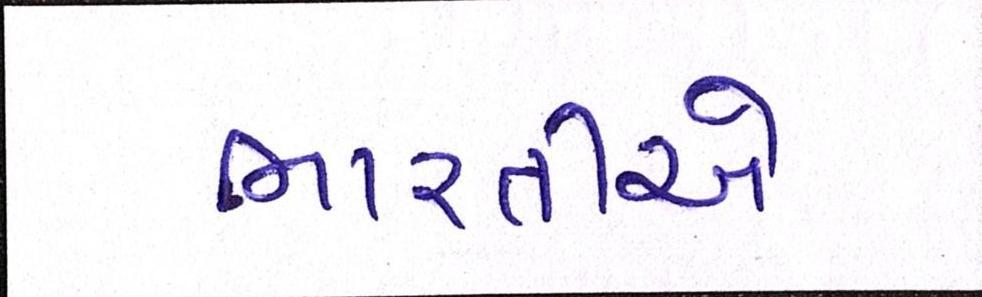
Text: ભારતીએ